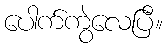
ပေါက်ကွဲလေပြီ။